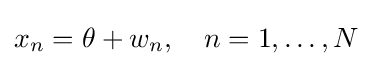
x_{n}=\theta +w_{n},\quad n=1,\dots ,N